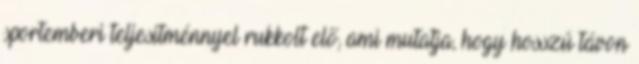
sportemberi teljesítménnyel rukkolt elő, ami mutatja, hogy hosszú távon